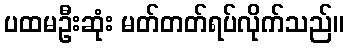
ပထမဦးဆုံး မတ်တတ်ရပ်လိုက်သည်။